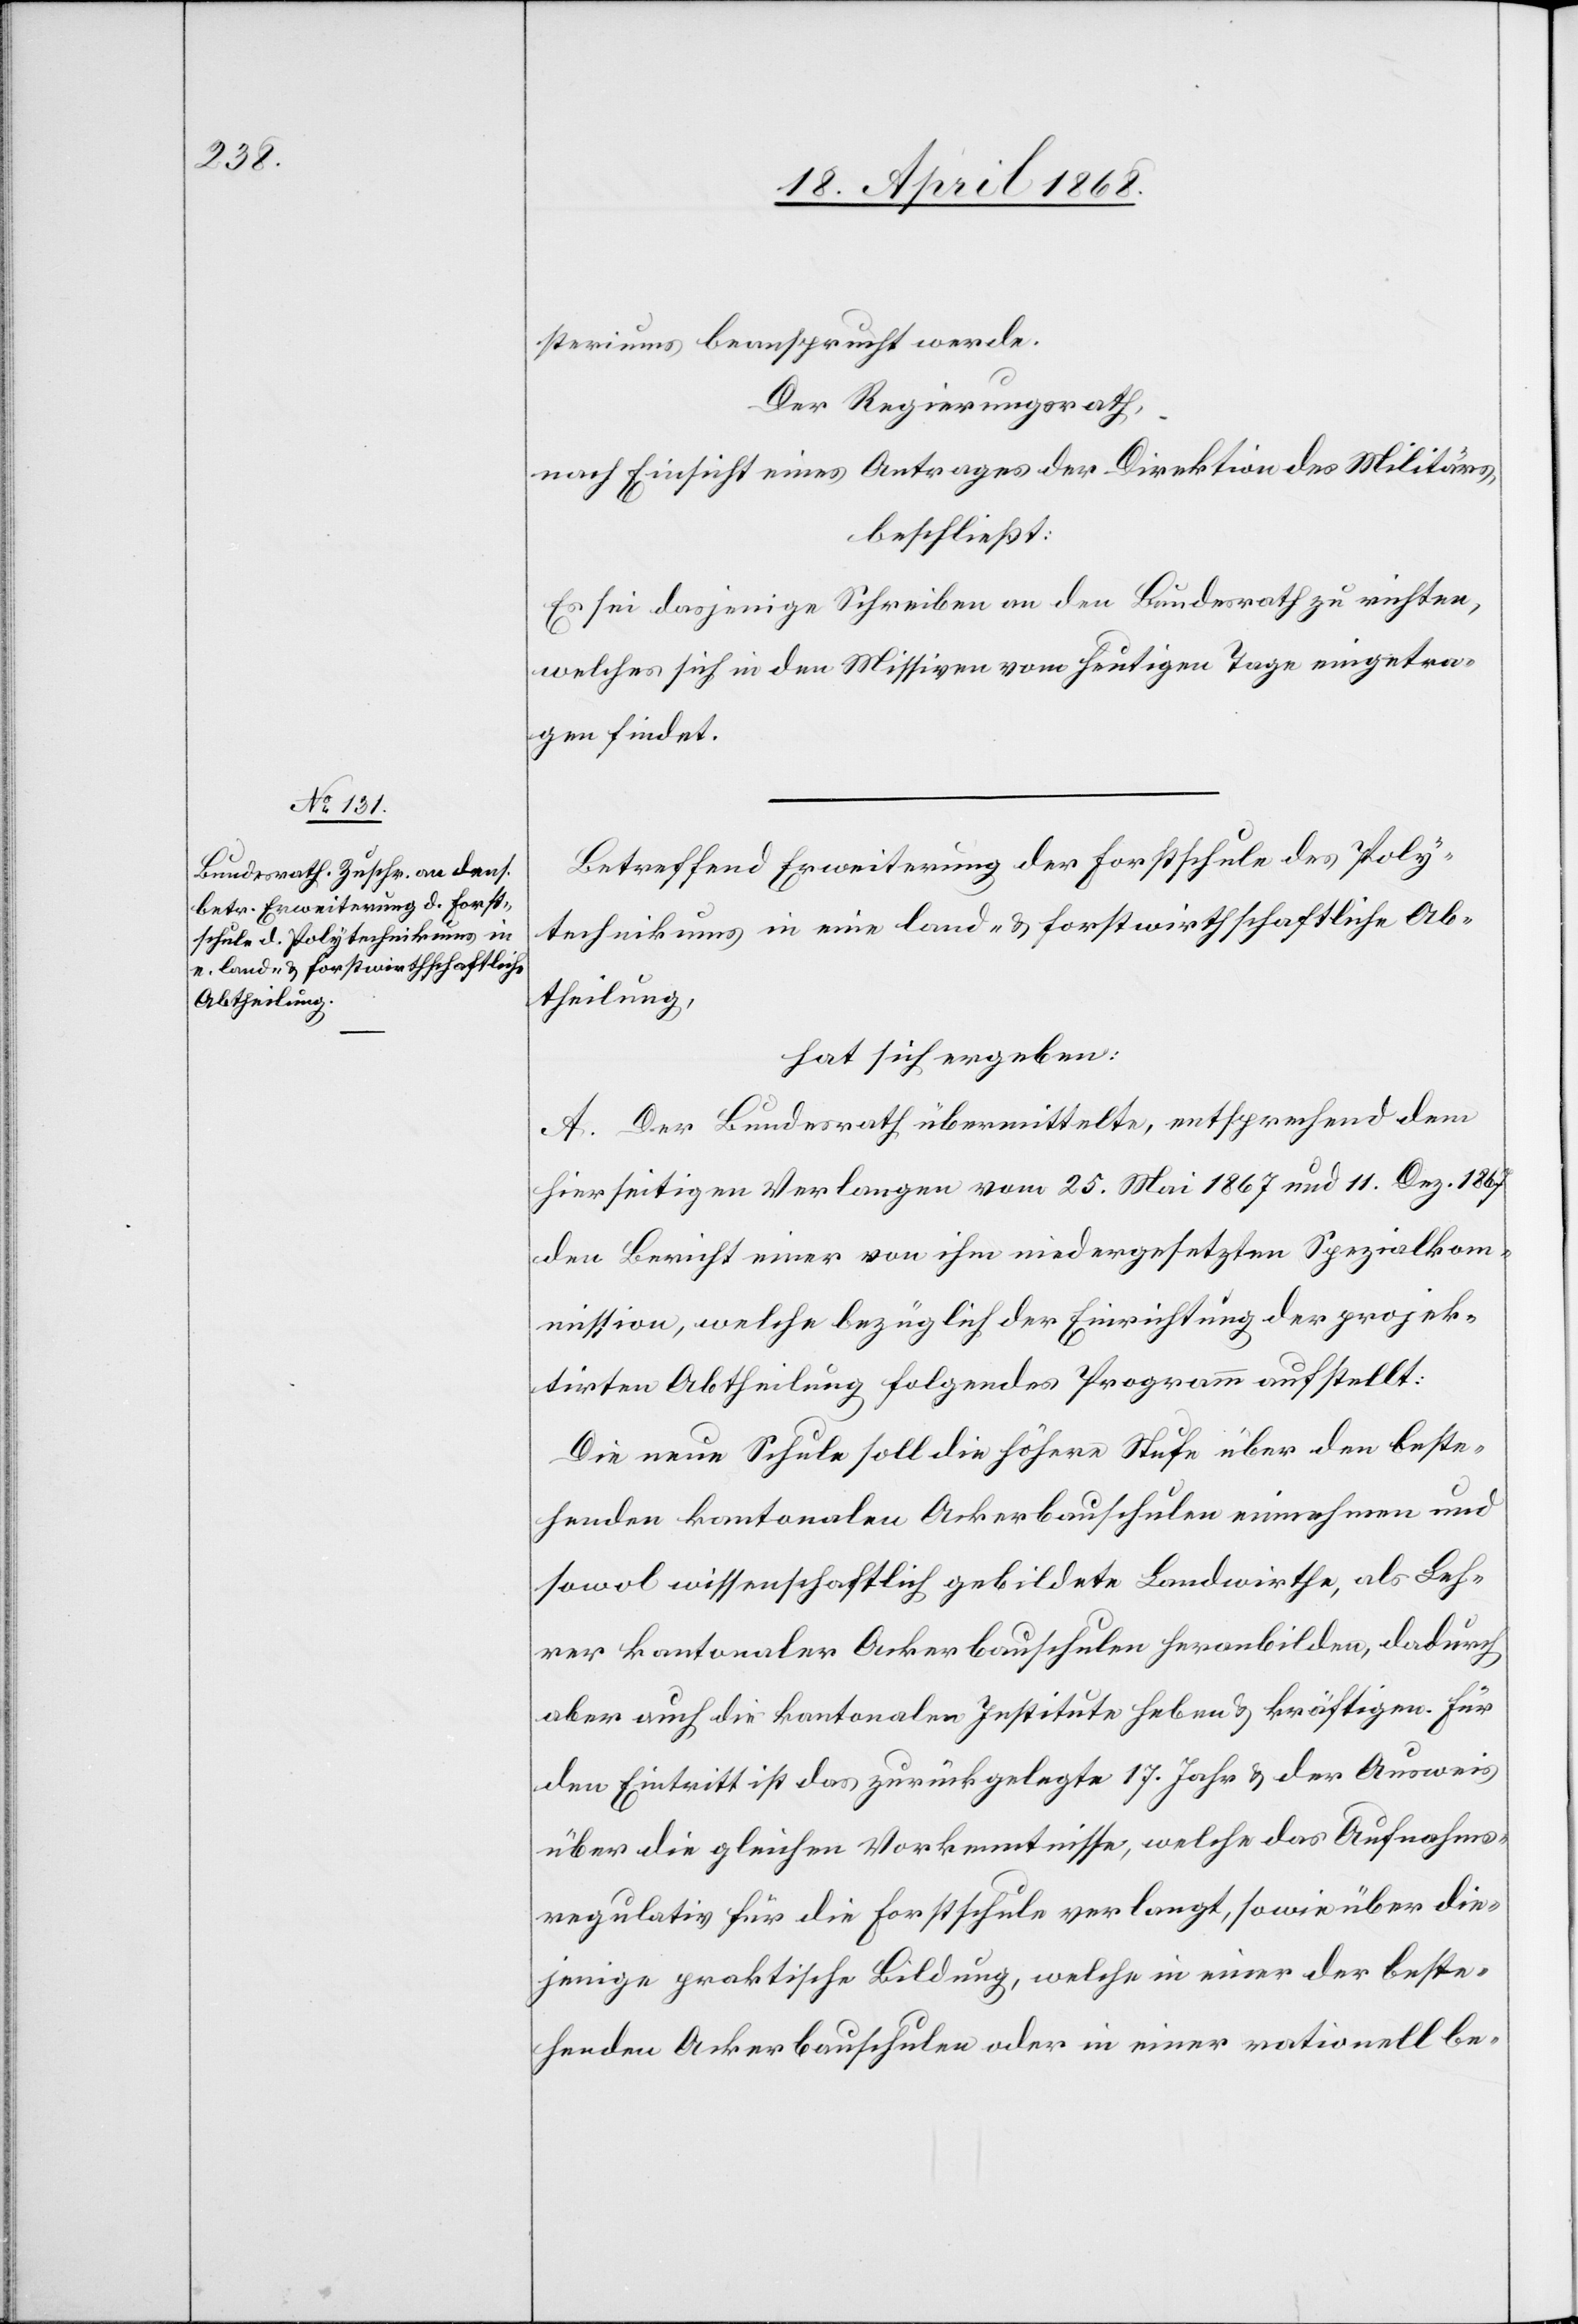
steriums beansprucht werde.
Der Regierungsrath,
nach Einsicht eines Antrages der Direktion des Militärs,
beschließt:
Es sei dasjenige Schreiben an den Bundesrath zu richten,
welches sich in den Missiven vom heutigen Tage eingetra¬
gen findet.
Betreffend Erweiterung der Forstschule des Poly¬
technikums in eine land- & forstwirthschaftliche Ab¬
theilung,
hat sich ergeben:
A. Der Bundesrath übermittelte, entsprechend dem
hierseitigen Verlangen vom 25. Mai 1867 und 11. Dez. 1867
den Bericht einer von ihm niedergesetzten Spezialkom¬
mission, welche bezüglich der Einrichtung der projek¬
tirten Abtheilung folgendes Programm aufstellt:
Die neue Schule soll die höhere Stufe über den beste¬
henden kantonalen Ackerbauschulen einnehmen und
sowol wissenschaftlich gebildete Landwirthe, als Leh¬
rer kantonaler Ackerbauschulen heranbilden, dadurch
aber auch die kantonalen Institute heben & kräftigen. Für
den Eintritt ist das zurückgelegte 17. Jahr & der Ausweis
über die gleichen Vorkenntnisse, welche das Aufnahms¬
regulativ für die Forstschule verlangt, sowie über die¬
jenige praktische Bildung, welche in einer der beste¬
henden Ackerbauschulen oder in einer rationell be-